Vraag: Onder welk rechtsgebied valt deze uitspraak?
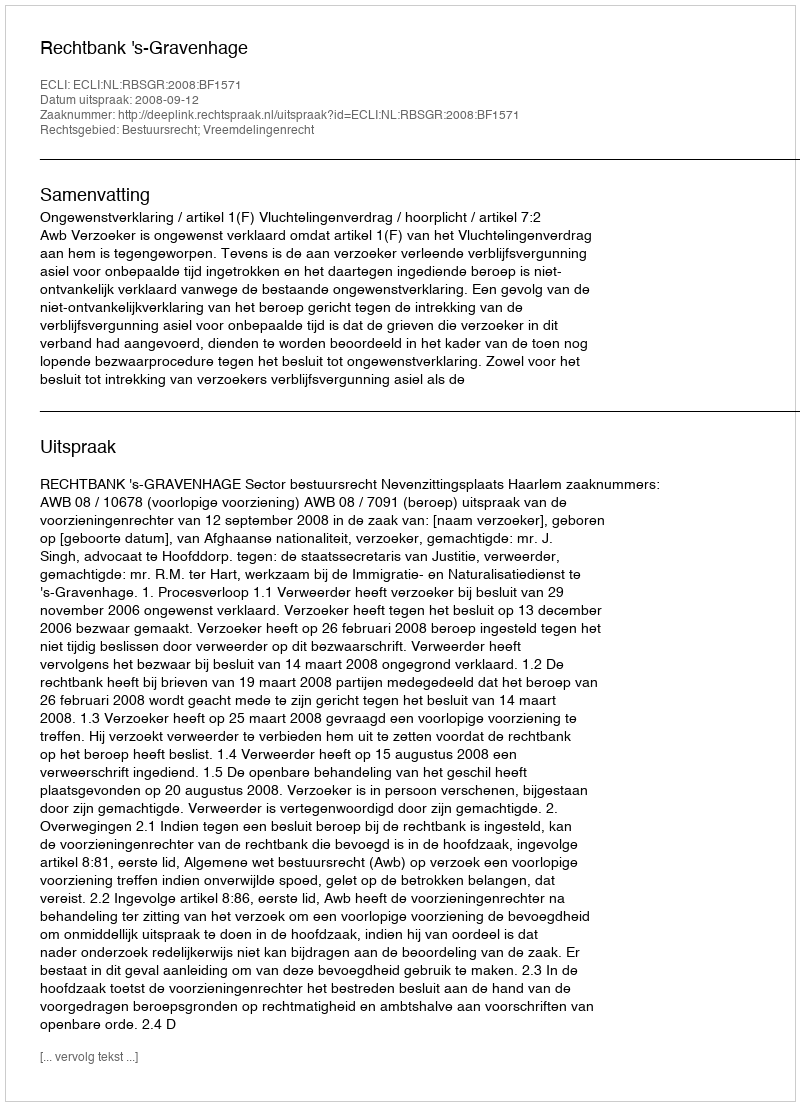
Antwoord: Bestuursrecht; Vreemdelingenrecht